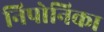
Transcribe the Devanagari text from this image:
निपोनिका